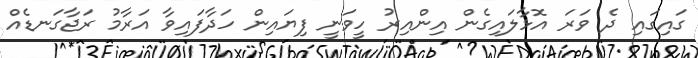
ގައިގައި ދެ ވަރަ އޮޅާލައިގެން އިންއިރު ހީވަނީ ފިޔައިން ހަދާފައިވާ އަރާމު ރަޖާގަނޑެއް